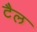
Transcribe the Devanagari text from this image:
टैल